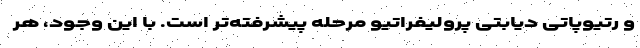
و رتیوپاتی دیابتی پرولیفراتیو مرحله پیشرفته‌تر است. با این وجود، هر